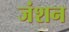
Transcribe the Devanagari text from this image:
जंशन